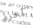
أخرق